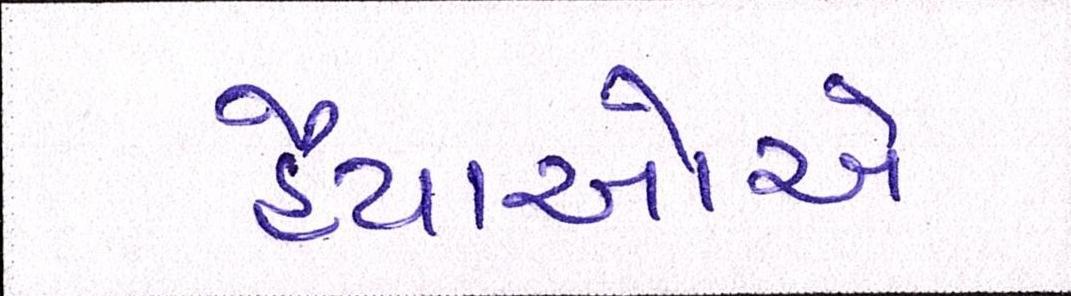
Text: હૈયાઓએ